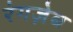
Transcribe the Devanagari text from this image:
रंगज़ेब